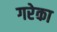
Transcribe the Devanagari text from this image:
गरेका